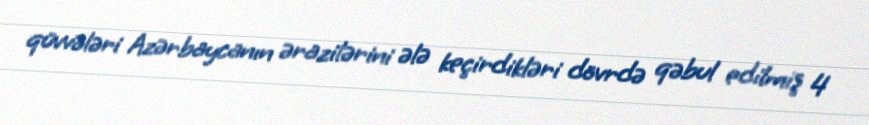
qüvvələri Azərbaycanın ərazilərini ələ keçirdikləri dövrdə qəbul edilmiş 4